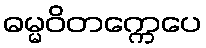
ဓမ္မဝိတက္ကေပေ